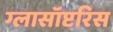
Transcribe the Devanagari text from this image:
ग्लासॉप्टरिस